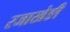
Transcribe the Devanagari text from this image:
रजाखेङी